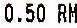
0.50 RM